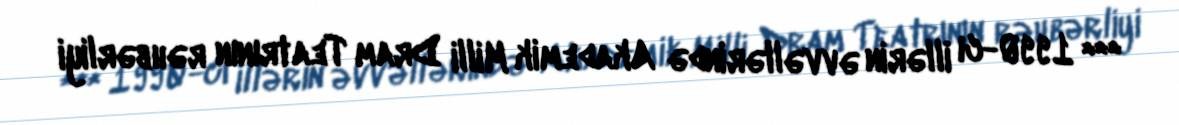
*** 1990-cı illərin əvvəllərində Akademik Milli Dram Teatrının rəhbərliyi